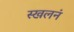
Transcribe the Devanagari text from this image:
स्खलनं